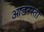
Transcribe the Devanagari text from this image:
आडरस्ता